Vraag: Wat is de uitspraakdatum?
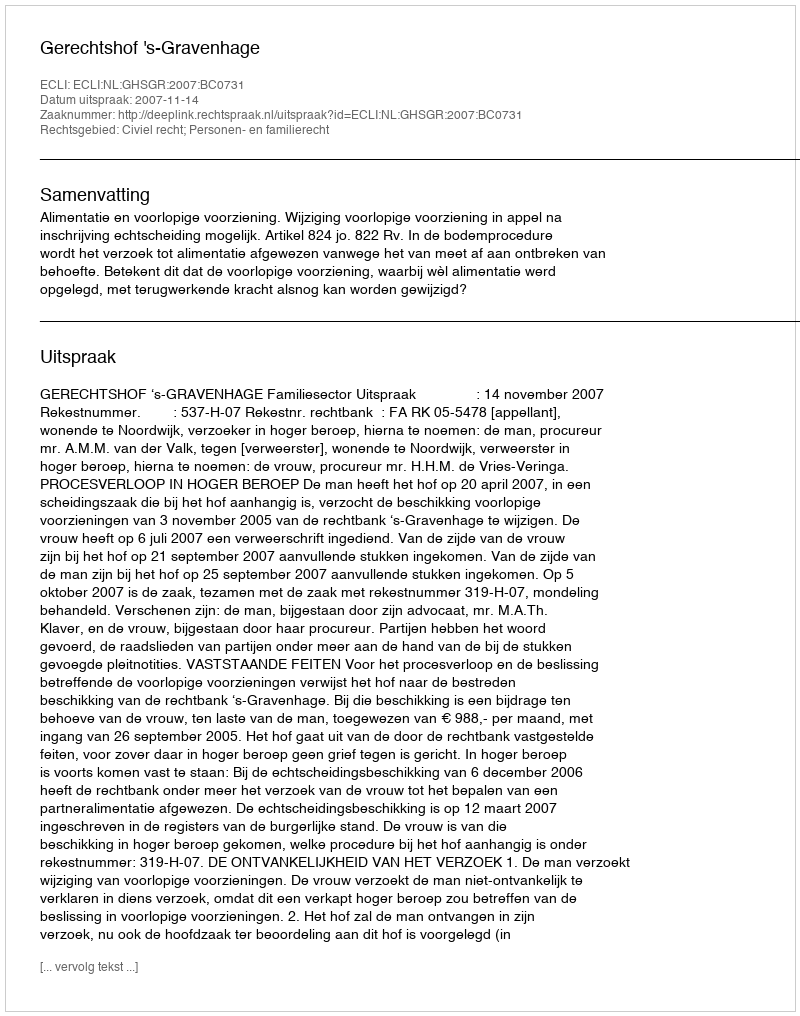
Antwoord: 2007-11-14